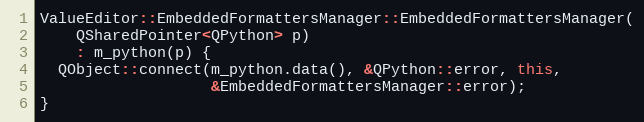
Language: C++
ValueEditor::EmbeddedFormattersManager::EmbeddedFormattersManager(
    QSharedPointer<QPython> p)
    : m_python(p) {
  QObject::connect(m_python.data(), &QPython::error, this,
                   &EmbeddedFormattersManager::error);
}